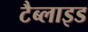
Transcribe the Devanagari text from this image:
टैब्लाइड